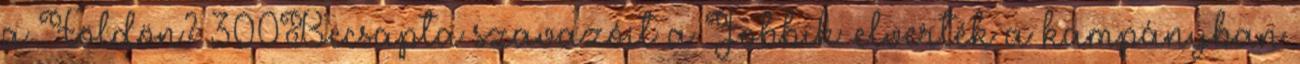
a Földön? 300Becsapta szavazóit a Jobbik: elverték a kampányban